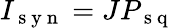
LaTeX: I_{\mathrm{~s~y~n~}}=JP_{\mathrm{~s~q~}}